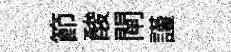
節酸閘謹